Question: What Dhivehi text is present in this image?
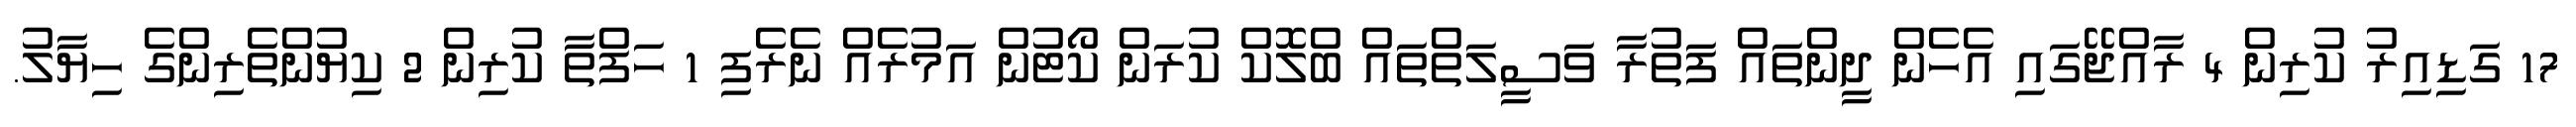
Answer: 17 ގަޑިއިރު ކުރިން 4 ރާއްޖޭގައި އެހެން ދީންތައް ފަތުރާ ވަސީލަތްތައް ބްލޮކް ކުރަން ކޯޓުން އަމުރެއް ނެރެފި 1 ހަފްތާ ކުރިން 2 ކިޔުންތެރިންގެ ހިޔާލު.